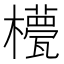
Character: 𣞑